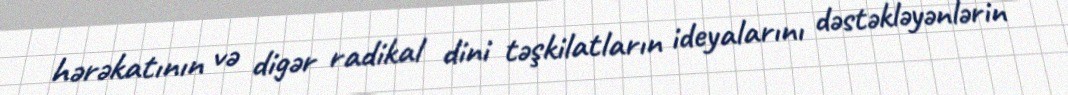
hərəkatının və digər radikal dini təşkilatların ideyalarını dəstəkləyənlərin